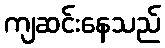
ကျဆင်းနေသည်